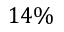
1 4 \%